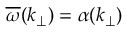
\overline { { \omega } } ( k _ { \perp } ) = \alpha ( k _ { \perp } )